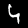
Digit: 4